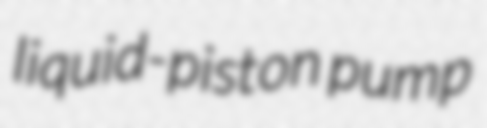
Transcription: liquid-piston pump